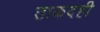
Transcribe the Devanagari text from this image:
ताकदही